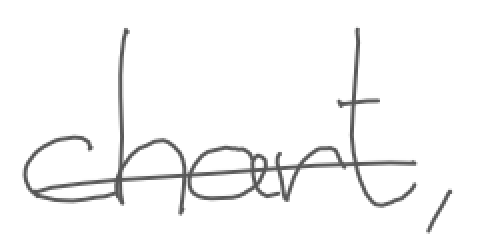
Text: chart,
Cross-out: single-line
Writing tool: digital_gray